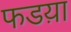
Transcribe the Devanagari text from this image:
फडय़ा